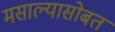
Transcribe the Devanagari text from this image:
मसाल्यासोबत